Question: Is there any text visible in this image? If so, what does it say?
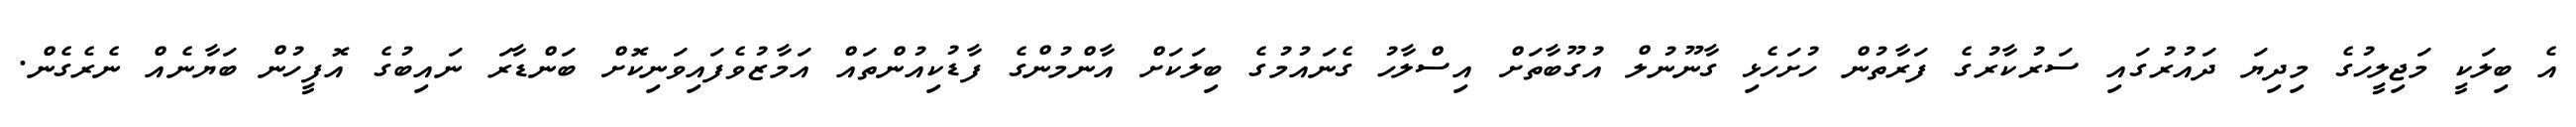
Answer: އެ ބިލަކީ މަޖިލީހުގެ މިދިޔަ ދައުރުގައި ސަރުކާރުގެ ފަރާތުން ހުށަހެޅި ގާނޫނުލް އުގޫބާތަށް އިސްލާހު ގެނައުމުގެ ބިލަކަށް އާންމުންގެ ފާޑުކިއުންތައް އަމާޒުވެފައިވަނިކޮށް ބަންޑާރަ ނައިބުގެ އޮފީހުން ބަޔާނެއް ނެރެގެން.